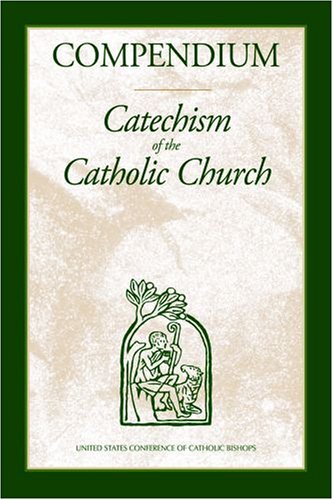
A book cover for Compendium :   Catechism of the Catholic Church; United States Conference of Catholic Bishops; Christian Books & Bibles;